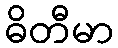
ဓိတီမာ